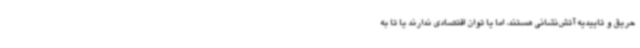
حریق و تاییدیه آتش‌نشانی هستند، اما یا توان اقتصادی ندارند یا تا به